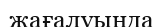
жағалуында